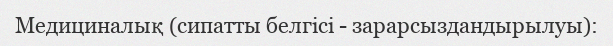
Медициналық (сипатты белгісі - зарарсыздандырылуы):